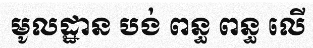
មូលដ្ឋាន បង់ ពន្ធ ពន្ធ លើ